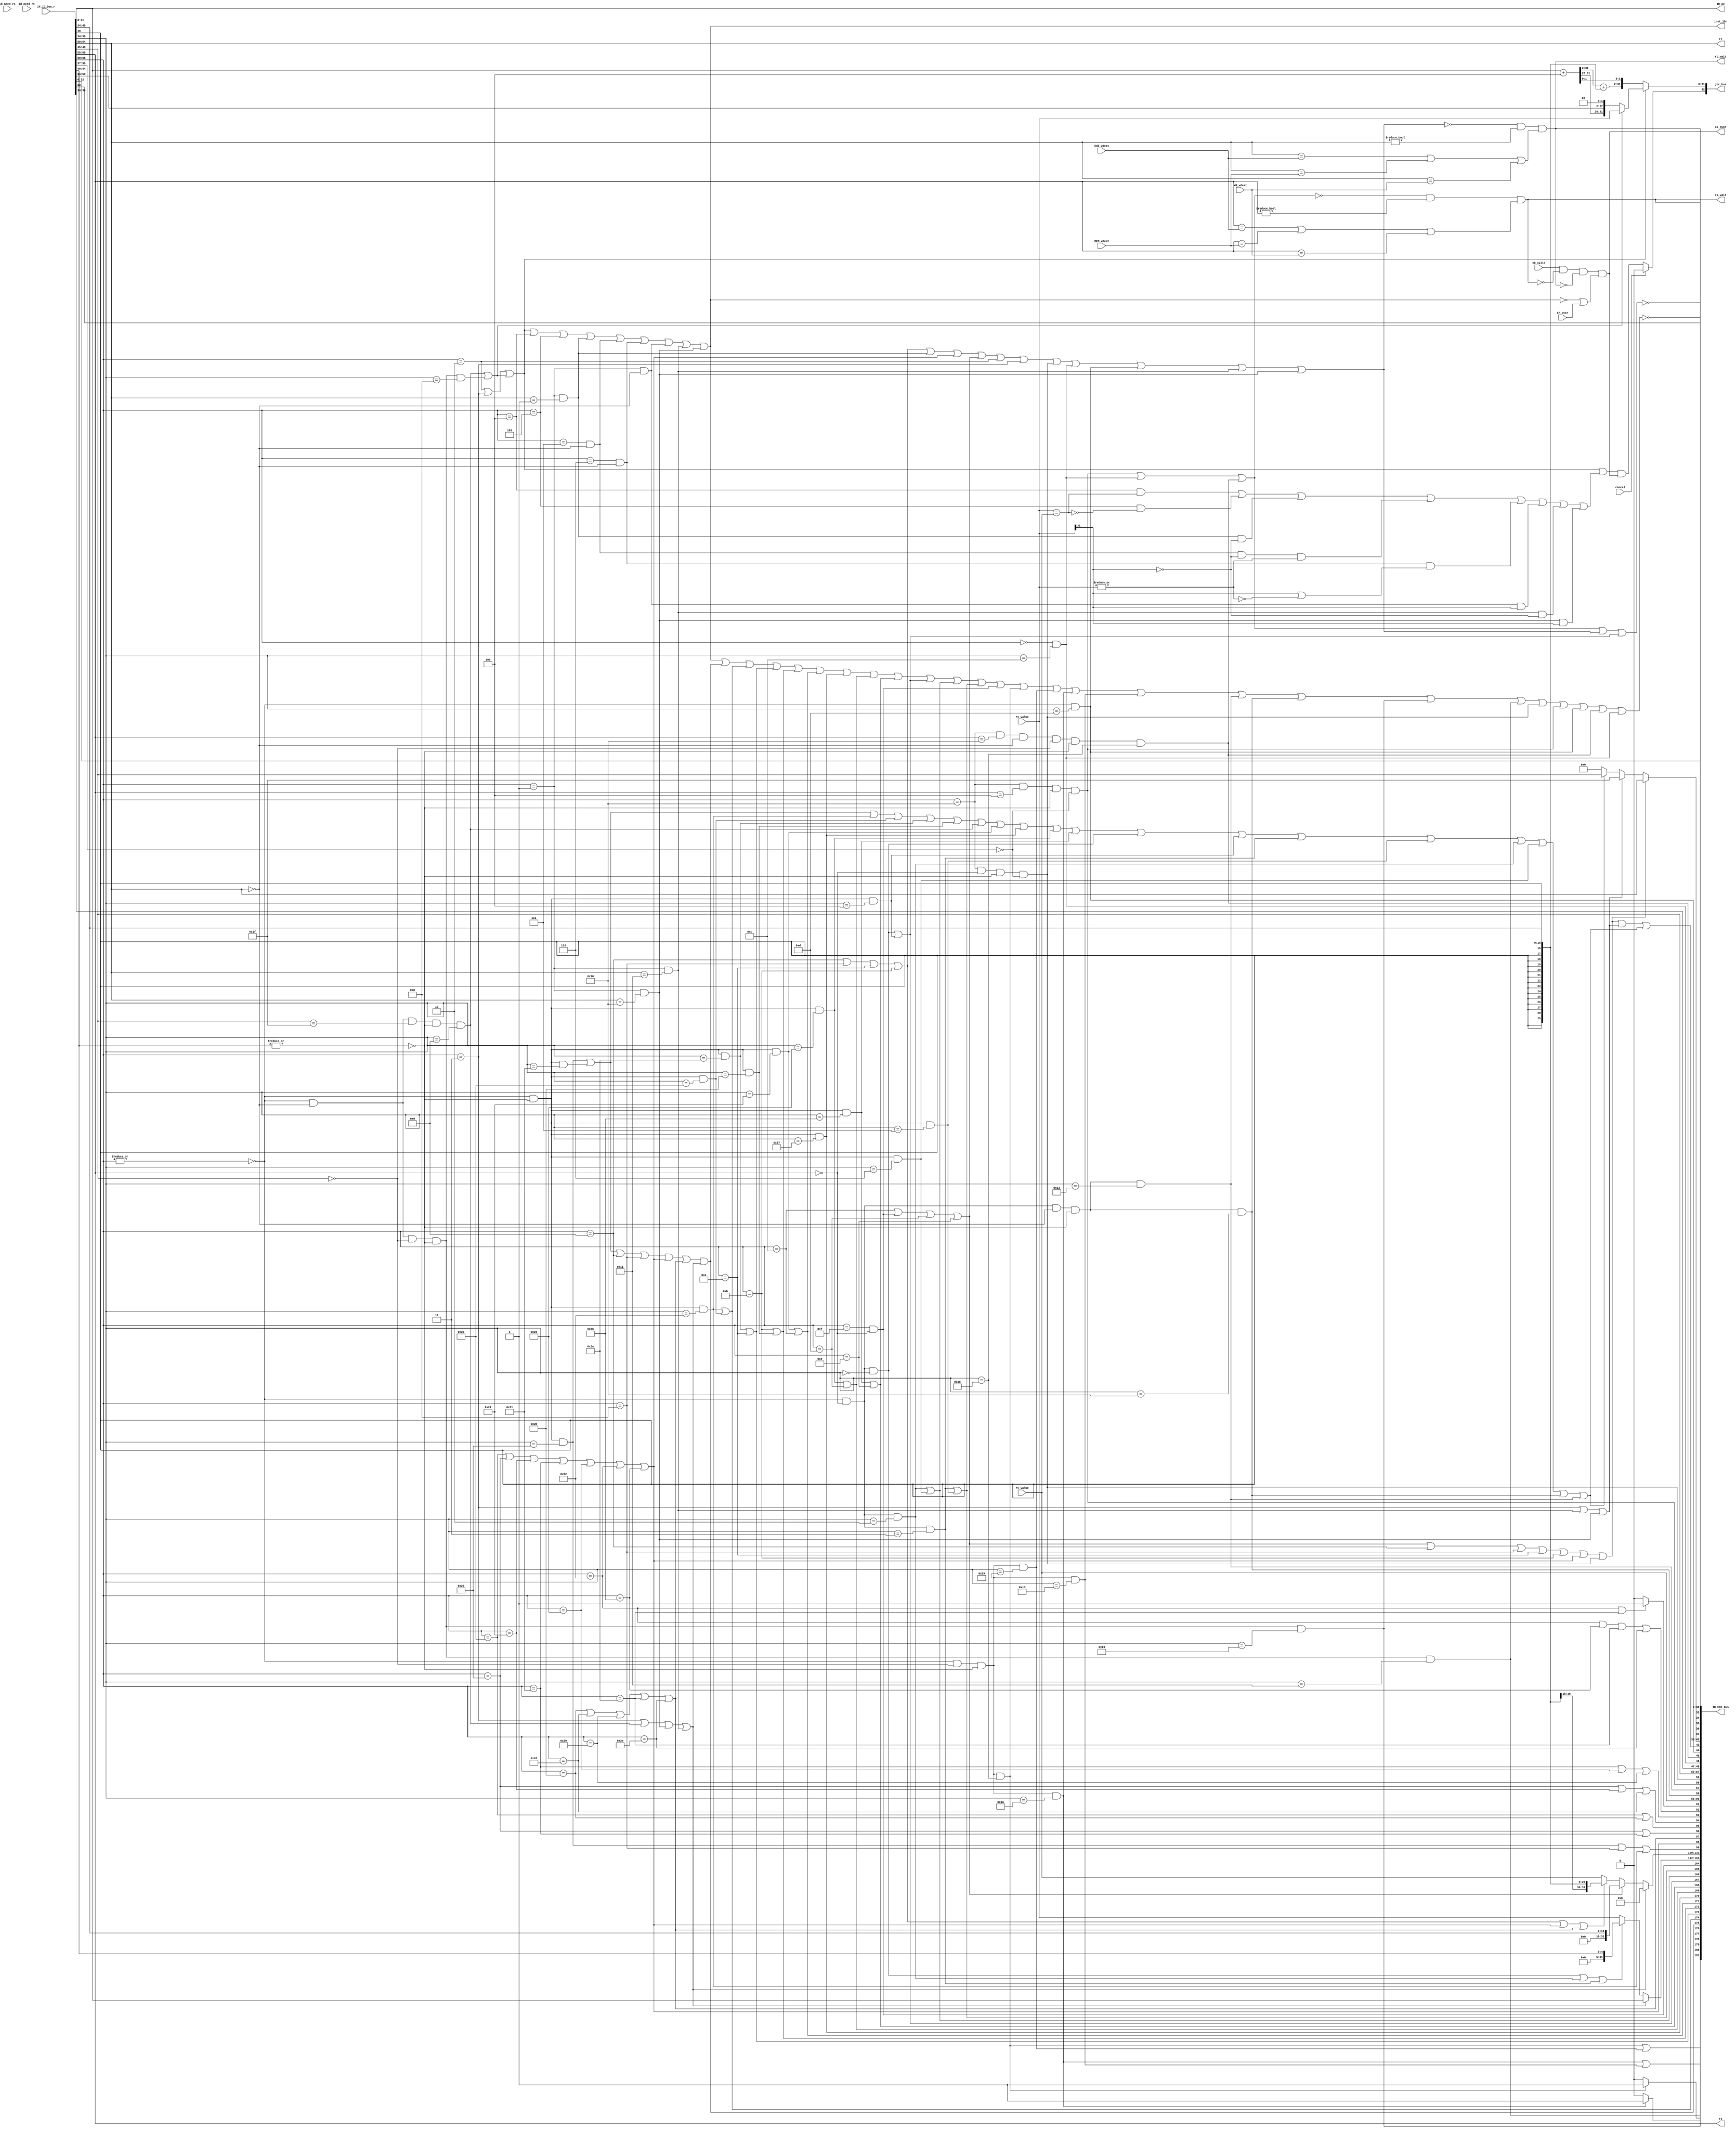
module decode(                      // 译码级
    input              ID_valid,    // 译码级有效信号
    input      [ 65:0] IF_ID_bus_r, // IF->ID总线
    input      [ 31:0] rs_value,    // 第一源操作数值
    input      [ 31:0] rt_value,    // 第二源操作数值
    output     [  4:0] rs,          // 第一源操作数地址 
    output     [  4:0] rt,          // 第二源操作数地址
    output     [ 32:0] jbr_bus,     // 跳转总线
    output             inst_jbr,    // 指令为跳转分支指令
    output             ID_over,     // ID模块执行完成
    output     [181:0] ID_EXE_bus,  // ID->EXE总线
    
    //5级流水新增
    input              IF_over,     //对于分支指令，需要该信号
    input      [  4:0] EXE_wdest,   // EXE级要写回寄存器堆的目标地址号
    input      [  4:0] MEM_wdest,   // MEM级要写回寄存器堆的目标地址号
    input      [  4:0] WB_wdest,    // WB级要写回寄存器堆的目标地址号
    
    //旁路信号
    input              id_need_rs,  //某些指令需要使用rs寄存器的值进行判断
    input              id_need_rt,  //需要rt
    output             rs_wait,
    output             rt_wait,

    //cancel
    input              cancel,//撤销jbr_bus

    //展示PC
    output     [ 31:0] ID_pc
);
//-----{IF->ID总线}begin
    wire [31:0] pc;
    wire [31:0] inst;
    wire fetch_error;
    wire delay_slot;
    assign {inst, fetch_error, delay_slot, pc} = IF_ID_bus_r;  // IF->ID总线传PC和指令
//-----{IF->ID总线}end

//-----{指令译码}begin
    wire [5:0] op;       
    wire [4:0] rd;       
    wire [4:0] sa;      
    wire [5:0] funct;    
    wire [15:0] imm;     
    wire [15:0] offset;  
    wire [25:0] target;  
    wire [2:0] cp0r_sel;

    assign op     = inst[31:26];  // 操作码
    assign rs     = inst[25:21];  // 源操作数1
    assign rt     = inst[20:16];  // 源操作数2
    assign rd     = inst[15:11];  // 目标操作数
    assign sa     = inst[10:6];   // 特殊域，可能存放偏移量
    assign funct  = inst[5:0];    // 功能码
    assign imm    = inst[15:0];   // 立即数
    assign offset = inst[15:0];   // 地址偏移量
    assign target = inst[25:0];   // 目标地址
    assign cp0r_sel= inst[2:0];   // cp0寄存器的select域

    // 实现指令列表
    wire inst_ADDU, inst_SUBU , inst_SLT , inst_AND;
    wire inst_NOR , inst_OR   , inst_XOR , inst_SLL;
    wire inst_SRL , inst_ADDIU, inst_BEQ , inst_BNE;
    wire inst_LW  , inst_SW   , inst_LUI , inst_J;
    wire inst_SLTU, inst_JALR , inst_JR  , inst_SLLV;
    wire inst_SRA , inst_SRAV , inst_SRLV, inst_SLTIU;
    wire inst_SLTI, inst_BGEZ , inst_BGTZ, inst_BLEZ;
    wire inst_BLTZ, inst_LB   , inst_LBU , inst_SB;
    wire inst_ANDI, inst_ORI  , inst_XORI, inst_JAL;
    wire inst_MULT, inst_MFLO , inst_MFHI, inst_MTLO;
    wire inst_MTHI, inst_MFC0 , inst_MTC0;
    wire inst_ERET, inst_SYSCALL;

    //lab3-2
    wire inst_ADD, inst_ADDI;
    wire inst_SUB;

    //lab3-3
    wire inst_DIV, inst_DIVU;
    wire inst_MULTU;
    wire inst_BGEZAL;
    wire inst_BLTZAL;

    //lab3-4
    wire inst_LH, inst_LHU;
    wire inst_LWL, inst_LWR;
    wire inst_SH;
    wire inst_SWL, inst_SWR;

    //lab5-1
    wire inst_BREAK;
    wire inst_reserved;//保留指令

    wire op_zero;  // 操作码全0
    wire sa_zero;  // sa域全0
    assign op_zero = ~(|op);
    assign sa_zero = ~(|sa);

    assign inst_ADDU  = op_zero & sa_zero    & (funct == 6'b100001);//无符号加法
    assign inst_SUBU  = op_zero & sa_zero    & (funct == 6'b100011);//无符号减法
    assign inst_SLT   = op_zero & sa_zero    & (funct == 6'b101010);//小于则置位
    assign inst_SLTU  = op_zero & sa_zero    & (funct == 6'b101011);//无符号小则置
    assign inst_JALR  = op_zero & (rt==5'd0) & (rd==5'd31)
                      & sa_zero & (funct == 6'b001001);         //跳转寄存器并链接
    assign inst_JR    = op_zero & (rt==5'd0) & (rd==5'd0 )
                      & sa_zero & (funct == 6'b001000);             //跳转寄存器
    assign inst_AND   = op_zero & sa_zero    & (funct == 6'b100100);//与运算
    assign inst_NOR   = op_zero & sa_zero    & (funct == 6'b100111);//或非运算
    assign inst_OR    = op_zero & sa_zero    & (funct == 6'b100101);//或运算
    assign inst_XOR   = op_zero & sa_zero    & (funct == 6'b100110);//异或运算
    assign inst_SLL   = op_zero & (rs==5'd0) & (funct == 6'b000000);//逻辑左移
    assign inst_SLLV  = op_zero & sa_zero    & (funct == 6'b000100);//变量逻辑左移
    assign inst_SRA   = op_zero & (rs==5'd0) & (funct == 6'b000011);//算术右移
    assign inst_SRAV  = op_zero & sa_zero    & (funct == 6'b000111);//变量算术右移
    assign inst_SRL   = op_zero & (rs==5'd0) & (funct == 6'b000010);//逻辑右移
    assign inst_SRLV  = op_zero & sa_zero    & (funct == 6'b000110);//变量逻辑右移
    assign inst_MULT  = op_zero & (rd==5'd0)
                      & sa_zero & (funct == 6'b011000);             //乘法
    assign inst_MFLO  = op_zero & (rs==5'd0) & (rt==5'd0)
                      & sa_zero & (funct == 6'b010010);             //从LO读取
    assign inst_MFHI  = op_zero & (rs==5'd0) & (rt==5'd0)
                      & sa_zero & (funct == 6'b010000);             //从HI读取
    assign inst_MTLO  = op_zero & (rt==5'd0) & (rd==5'd0)
                      & sa_zero & (funct == 6'b010011);             //向LO写数据
    assign inst_MTHI  = op_zero & (rt==5'd0) & (rd==5'd0)
                      & sa_zero & (funct == 6'b010001);             //向HI写数据
    assign inst_ADDIU = (op == 6'b001001);             //立即数无符号加法
    assign inst_SLTI  = (op == 6'b001010);             //小于立即数则置位
    assign inst_SLTIU = (op == 6'b001011);             //小于立即数则置位（无符号）
    assign inst_BEQ   = (op == 6'b000100);             //判断相等跳转
    assign inst_BGEZ  = (op == 6'b000001) & (rt==5'd1);//大于等于0跳转
    assign inst_BGTZ  = (op == 6'b000111) & (rt==5'd0);//大于0跳转
    assign inst_BLEZ  = (op == 6'b000110) & (rt==5'd0);//小于等于0跳转
    assign inst_BLTZ  = (op == 6'b000001) & (rt==5'd0);//小于0跳转
    assign inst_BNE   = (op == 6'b000101);             //判断不等跳转
    assign inst_LW    = (op == 6'b100011);             //从内存装载字
    assign inst_SW    = (op == 6'b101011);             //向内存存储字
    assign inst_LB    = (op == 6'b100000);             //load字节（符号扩展）
    assign inst_LBU   = (op == 6'b100100);             //load字节（无符号扩展）
    assign inst_SB    = (op == 6'b101000);             //向内存存储字节
    assign inst_ANDI  = (op == 6'b001100);             //立即数与
    assign inst_LUI   = (op == 6'b001111) & (rs==5'd0);//立即数装载高半字节
    assign inst_ORI   = (op == 6'b001101);             //立即数或
    assign inst_XORI  = (op == 6'b001110);             //立即数异或
    assign inst_J     = (op == 6'b000010);             //跳转
    assign inst_JAL   = (op == 6'b000011);             //跳转和链接
    assign inst_MFC0    = (op == 6'b010000) & (rs==5'd0) 
                        & sa_zero & (funct[5:3] == 3'b000); // 从cp0寄存器装载
    assign inst_MTC0    = (op == 6'b010000) & (rs==5'd4)
                        & sa_zero & (funct[5:3] == 3'b000); // 向cp0寄存器存储
    assign inst_SYSCALL = (op == 6'b000000) & (funct == 6'b001100); // 系统调用
    assign inst_ERET    = (op == 6'b010000) & (rs==5'd16) & (rt==5'd0)
                        & (rd==5'd0) & sa_zero & (funct == 6'b011000);//异常返回

    //lab3-2 需要溢出报错
    assign inst_ADD   = op_zero & sa_zero & (funct == 6'b100000);//加法
    assign inst_ADDI  = op == 6'b001000;//rt = rs + imm
    assign inst_SUB   = op_zero & sa_zero & (funct == 6'b100010);//无符号减法
    
    //lab3-3
    assign inst_DIV   = op_zero & (rd==5'd0)
                      & sa_zero & (funct == 6'b011010); //除法
    assign inst_DIVU  = op_zero & (rd==5'd0)
                      & sa_zero & (funct == 6'b011011); //无符号除法
    assign inst_MULTU = op_zero & (rd==5'd0)
                      & sa_zero & (funct == 6'b011001); //无符号乘法  

    assign inst_BGEZAL = (op == 6'b000001) & (rt == 5'b10001); //rs值大于0转移,修改31号寄存器
    assign inst_BLTZAL = (op == 6'b000001) & (rt == 5'b10000); //rs值小于0转移,修改31号寄存器

    //lab3-4
    assign inst_LH    = (op == 6'b100001); //从内存装载半字,有符号扩展
    assign inst_LHU   = (op == 6'b100101); //取半字无符号扩展
    assign inst_LWL   = (op == 6'b100010); //非对齐地址取字至寄存器左部
    assign inst_LWR   = (op == 6'b100110); //非对齐地址取字至寄存器右部
    assign inst_SH    = (op == 6'b101001); //向内存装载半字
    assign inst_SWL   = (op == 6'b101010); //寄存器左部存入非对齐地址
    assign inst_SWR   = (op == 6'b101110); //寄存器右部存入非对齐地址

    //lab5-1
    assign inst_BREAK = op_zero & (funct == 6'b001101);
    assign inst_reserved = !(inst_jbr
                           | inst_add  | inst_sub  | inst_slt 
                           | inst_sltu | inst_and  | inst_nor 
                           | inst_or   | inst_xor  | inst_sll
                           | inst_srl  | inst_sra  | inst_lui
                           | inst_MULT | inst_MULTU
                           | inst_DIV  | inst_DIVU
                           | inst_MFLO | inst_MFHI
                           | inst_MTLO | inst_MTHI 
                           | inst_MFC0 | inst_MTC0  
                           | inst_BREAK| inst_ERET | inst_SYSCALL);

    //跳转分支指令
    wire inst_jr;    //寄存器跳转指令
    wire inst_j_link;//链接跳转指令
    wire inst_jbr;   //所有分支跳转指令
    assign inst_jr     = inst_JALR | inst_JR;
    assign inst_j_link = inst_JAL | inst_JALR
                       | inst_BLTZAL
                       | inst_BGEZAL;
    assign inst_jbr = inst_J    | inst_JAL  | inst_jr
                    | inst_BEQ  | inst_BNE  | inst_BGEZ
                    | inst_BGTZ | inst_BLEZ | inst_BLTZ
                    | inst_BGEZAL
                    | inst_BLTZAL;
        
    //load store
    wire inst_load;
    wire inst_store;
    assign inst_load  = inst_LW | inst_LB | inst_LBU
                      | inst_LH | inst_LHU 
                      | inst_LWL | inst_LWR;  // load指令
    assign inst_store = inst_SW | inst_SB
                      | inst_SH | inst_SWL | inst_SWR;   // store指令
    
    //alu操作分类
    wire inst_add, inst_sub, inst_slt,inst_sltu;
    wire inst_and, inst_nor, inst_or, inst_xor;
    wire inst_sll, inst_srl, inst_sra,inst_lui;
    assign inst_add = inst_ADD | inst_ADDU | inst_ADDIU | inst_ADDI | 
                      inst_load | inst_store | inst_j_link;// 做加法
    assign inst_sub = inst_SUB | inst_SUBU;                // 减法
    assign inst_slt = inst_SLT | inst_SLTI;                // 有符号小于置位
    assign inst_sltu= inst_SLTIU | inst_SLTU;              // 无符号小于置位
    assign inst_and = inst_AND | inst_ANDI;                // 逻辑与
    assign inst_nor = inst_NOR;                            // 逻辑或非
    assign inst_or  = inst_OR  | inst_ORI;                 // 逻辑或
    assign inst_xor = inst_XOR | inst_XORI;                // 逻辑异或
    assign inst_sll = inst_SLL | inst_SLLV;                // 逻辑左移
    assign inst_srl = inst_SRL | inst_SRLV;                // 逻辑右移
    assign inst_sra = inst_SRA | inst_SRAV;                // 算术右移
    assign inst_lui = inst_LUI;                            // 立即数装载高位
    
    //使用sa域作为偏移量的移位指令
    wire inst_shf_sa;
    assign inst_shf_sa =  inst_SLL | inst_SRL | inst_SRA;
    
    //依据立即数扩展方式分类
    wire inst_imm_zero; //立即数0扩展
    wire inst_imm_sign; //立即数符号扩展
    assign inst_imm_zero = inst_ANDI  | inst_LUI  | inst_ORI  | inst_XORI;
    assign inst_imm_sign = inst_ADDIU | inst_ADDI 
                         | inst_SLTI | inst_SLTIU
                         | inst_load | inst_store;
    
    //依据目的寄存器号分类
    wire inst_wdest_rt;  // 寄存器堆写入地址为rt的指令
    wire inst_wdest_31;  // 寄存器堆写入地址为31的指令
    wire inst_wdest_rd;  // 寄存器堆写入地址为rd的指令
    assign inst_wdest_rt = inst_imm_zero | inst_ADDIU | inst_ADDI | inst_SLTI
                         | inst_SLTIU | inst_load | inst_MFC0;
    assign inst_wdest_31 = inst_JAL
                         | inst_BGEZAL
                         | inst_BLTZAL;
    assign inst_wdest_rd = inst_ADD  | inst_ADDU 
                         | inst_SUB  | inst_SUBU 
                         | inst_SLT  | inst_SLTU
                         | inst_JALR | inst_AND  | inst_NOR  | inst_OR 
                         | inst_XOR  | inst_SLL  | inst_SLLV | inst_SRA 
                         | inst_SRAV | inst_SRL  | inst_SRLV
                         | inst_MFHI | inst_MFLO;
                         
    //依据源寄存器号分类
    wire inst_no_rs;  //指令rs域非0，且不是从寄存器堆读rs的数据
    wire inst_no_rt;  //指令rt域非0，且不是从寄存器堆读rt的数据
    assign inst_no_rs = inst_MTC0 | inst_SYSCALL | inst_ERET;
    assign inst_no_rt = inst_ADDIU | inst_ADDI | inst_SLTI | inst_SLTIU
                      | inst_BGEZ  | inst_load | inst_imm_zero
                      | inst_J     | inst_JAL  | inst_MFC0
                      | inst_SYSCALL | inst_BREAK
                      | inst_BGEZAL
                      | inst_BLTZAL;

    //是否是R型指令 !可能会有遗漏
    wire inst_R;
    assign inst_R = !(inst_no_rs | inst_no_rt | inst_sll);
//-----{指令译码}end

//-----{分支指令执行}begin
    //bd_pc,分支跳转指令参与计算的为延迟槽指令的PC值，即当前分支指令的PC+4
    wire [31:0] bd_pc;   //延迟槽指令PC值
    assign bd_pc = pc + 3'b100;
    
    //无条件跳转
    wire        j_taken;
    wire [31:0] j_target;
    assign j_taken = inst_J | inst_JAL | inst_jr;
    //寄存器跳转地址为rs_value,其他跳转为{bd_pc[31:28],target,2'b00}
    assign j_target = inst_jr ? rs_value : {bd_pc[31:28],target,2'b00};

    //branch指令
    wire rs_equql_rt;
    wire rs_ez;
    wire rs_ltz;
    assign rs_equql_rt = (rs_value == rt_value);  // GPR[rs]==GPR[rt]
    assign rs_ez       = ~(|rs_value);            // rs寄存器值为0
    assign rs_ltz      = rs_value[31];            // rs寄存器值小于0
    wire br_taken;
    wire [31:0] br_target;
    assign br_taken = inst_BEQ  & rs_equql_rt       // 相等跳转
                    | inst_BNE  & ~rs_equql_rt      // 不等跳转
                    | inst_BGEZ & ~rs_ltz           // 大于等于0跳转
                    | inst_BGTZ & ~rs_ltz & ~rs_ez  // 大于0跳转
                    | inst_BLEZ & (rs_ltz | rs_ez)  // 小于等于0跳转
                    | inst_BLTZ & rs_ltz            // 小于0跳转
                    | inst_BGEZAL & ~rs_ltz         // 大于等于0跳转,修改31号寄存器
                    | inst_BLTZAL & rs_ltz;         // 小于0跳转,修改31号寄存器
    
    //解决ID阶段rs数据相关 !可能不完全
    assign id_need_rs = inst_BEQ  | inst_BNE
                      | inst_BGEZ | inst_BGTZ
                      | inst_BLEZ | inst_BLTZ 
                      | inst_BGEZAL | inst_BLTZAL;
    assign id_need_rt = inst_BEQ  | inst_BNE;

    //分支跳转目标地址：PC=PC+offset<<2
    assign br_target[31:2] = bd_pc[31:2] + {{14{offset[15]}}, offset};  
    assign br_target[1:0]  = bd_pc[1:0];
    
    //jump and branch指令
    wire jbr_taken;
    wire [31:0] jbr_target;
    assign jbr_taken = cancel ? 1'b0 : (j_taken | br_taken) & ID_over; 
    assign jbr_target = j_taken ? j_target : br_target;

    //ID到IF的跳转总线
    assign jbr_bus = {jbr_taken, jbr_target};
//-----{分支指令执行}end

//-----{ID执行完成}begin
    //由于是流水的，存在数据相关
    //从rs(非0号寄存器)中取值，且存在数据相关
    assign rs_wait = ~inst_no_rs & (rs!=5'd0)
                   & ( (rs==EXE_wdest) | (rs==MEM_wdest) | (rs==WB_wdest) );
    assign rt_wait = ~inst_no_rt & (rt!=5'd0)
                   & ( (rt==EXE_wdest) | (rt==MEM_wdest) | (rt==WB_wdest) );
    
    //对于分支跳转指令，只有在IF执行完成后，才可以算ID完成；
    //否则，ID级先完成了，而IF还在取指令，则next_pc不能锁存到PC里去，
    //那么等IF完成，next_pc能锁存到PC里去时，jbr_bus上的数据已变成无效，
    //导致分支跳转失败
    //(~inst_jbr | IF_over)即是(~inst_jbr | (inst_jbr & IF_over))
    assign ID_over = ID_valid & ~rs_wait & ~rt_wait & (~inst_jbr | IF_over);
//-----{ID执行完成}end

//-----{ID->EXE总线}begin
    //EXE需要用到的信息
    wire multiply;         //乘法MULT
    wire divide;           //除法DIV DIVU
    wire mthi;             //MTHI
    wire mtlo;             //MTLO
    assign multiply = inst_MULT | inst_MULTU;
    assign divide   = inst_DIV  | inst_DIVU;
    assign mthi     = inst_MTHI;
    assign mtlo     = inst_MTLO;

    //判断是否需要检测溢出
    wire check_overflow;   
    assign check_overflow = inst_ADD | inst_ADDI | inst_SUB ;

    //乘除法是否有符号
    wire mult_sign;
    wire div_sign;
    assign mult_sign = inst_MULT ? 1'b1 : 1'b0;
    assign div_sign  = inst_DIV ? 1'b1 : 1'b0;

    //ALU两个源操作数和控制信号
    wire [11:0] alu_control;
    wire [31:0] alu_operand1;
    wire [31:0] alu_operand2;
    
    //所谓链接跳转是将跳转返回的PC值存放到31号寄存器里
    //在流水CPU里，考虑延迟槽，故链接跳转需要计算PC+8，存放到31号寄存器里
    assign alu_operand1 = inst_j_link ? pc : 
                          inst_shf_sa ? {27'd0,sa} : rs_value;
    assign alu_operand2 = inst_j_link ? 32'd8 :  
                          inst_imm_zero ? {16'd0, imm} :
                          inst_imm_sign ?  {{16{imm[15]}}, imm} : rt_value;
    assign alu_control = {inst_add,        // ALU操作码，独热编码
                          inst_sub,
                          inst_slt,
                          inst_sltu,
                          inst_and,
                          inst_nor,
                          inst_or, 
                          inst_xor,
                          inst_sll,
                          inst_srl,
                          inst_sra,
                          inst_lui};
                          
    //访存需要用到的load/store信息
    //load字节和半字时候需要考虑是否是有符号load
    wire l_sign;  //有符号load
    wire ls_word; //load/store为字
    wire ls_byte; //load/store为字节
    wire ls_half_word; //load/store为半字
                         //00:byte;01:word;10:half_world
    wire ls_unaligned;//非对齐存取字
    wire direction;//左拼接还是右拼接    
    wire [7:0] mem_control;  //MEM需要使用的控制信号
    wire [31:0] store_data;  //store操作的存的数据
    
    assign l_sign  = inst_LB | inst_LH;
    assign ls_word = inst_LW | inst_SW;
    assign ls_byte = inst_LB | inst_LBU | inst_SB;
    assign ls_half_word = inst_LH | inst_LHU | inst_SH;
    assign ls_unaligned = inst_LWL | inst_LWR | inst_SWL | inst_SWR;
    assign direction = (inst_LWL | inst_SWL) ? 1'b1 : 1'b0; 
    
    assign mem_control = {inst_load,
                          inst_store,
                          l_sign,
                          ls_word,
                          ls_byte,
                          ls_half_word,
                          ls_unaligned,
                          direction };
                          
    //写回需要用到的信息
    //对应某些特殊指令的信号
    wire mfhi;
    wire mflo;
    wire mtc0;
    wire mfc0;
    wire [7:0] cp0r_addr;
    wire       syscall;   //syscall和eret,break在写回级有特殊的操作 
    wire       eret;
    wire       break;     
    wire       rf_wen;    //写回的寄存器写使能
    wire [4:0] rf_wdest;  //写回的目的寄存器
    assign syscall  = inst_SYSCALL;
    assign eret     = inst_ERET;
    assign break    = inst_BREAK;
    assign mfhi     = inst_MFHI;
    assign mflo     = inst_MFLO;
    assign mtc0     = inst_MTC0;
    assign mfc0     = inst_MFC0;
    assign cp0r_addr= {rd,cp0r_sel};
    assign rf_wen   = inst_wdest_rt | inst_wdest_31 | inst_wdest_rd;
    assign rf_wdest = inst_wdest_rt ? rt :     //在不写寄存器堆时设置为0
                      inst_wdest_31 ? 5'd31 :  //以便能准确判断数据相关
                      inst_wdest_rd ? rd : 5'd0;
    assign store_data = rt_value;
    assign ID_EXE_bus = {multiply,divide,mthi,mtlo,            //EXE需用的信息,新增
                         mult_sign,div_sign,                   //EXE需用的信息,新增
                         alu_control,alu_operand1,alu_operand2,//EXE需用的信息
                         check_overflow,                       //EXE需用的信息，判断是否需要检测溢出       
                         mem_control,store_data,               //MEM需用的信号
                         mfhi,mflo,                            //WB需用的信号,新增
                         mtc0,mfc0,cp0r_addr,                  //WB需用的信号,新增
                         syscall,eret,break,                   //WB需用的信号,新增
                         rf_wen, rf_wdest,                     //WB需用的信号   
                         //旁路需要
                         rs_wait,rt_wait,inst_R,     
                         //异常
                         fetch_error,
                         inst_reserved,
                         //延迟槽
                         delay_slot,
                         pc};                                  //PC值
//-----{ID->EXE总线}end

//-----{展示ID模块的PC值}begin
    assign ID_pc = pc;
//-----{展示ID模块的PC值}end
endmodule